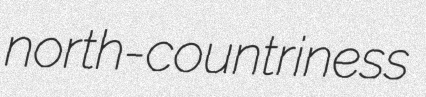
north-countriness